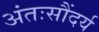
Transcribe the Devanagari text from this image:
अंतःसौंदर्य